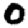
Digit: 0